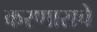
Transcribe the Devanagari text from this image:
करणाराचे